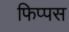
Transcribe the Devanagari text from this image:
फिप्पस